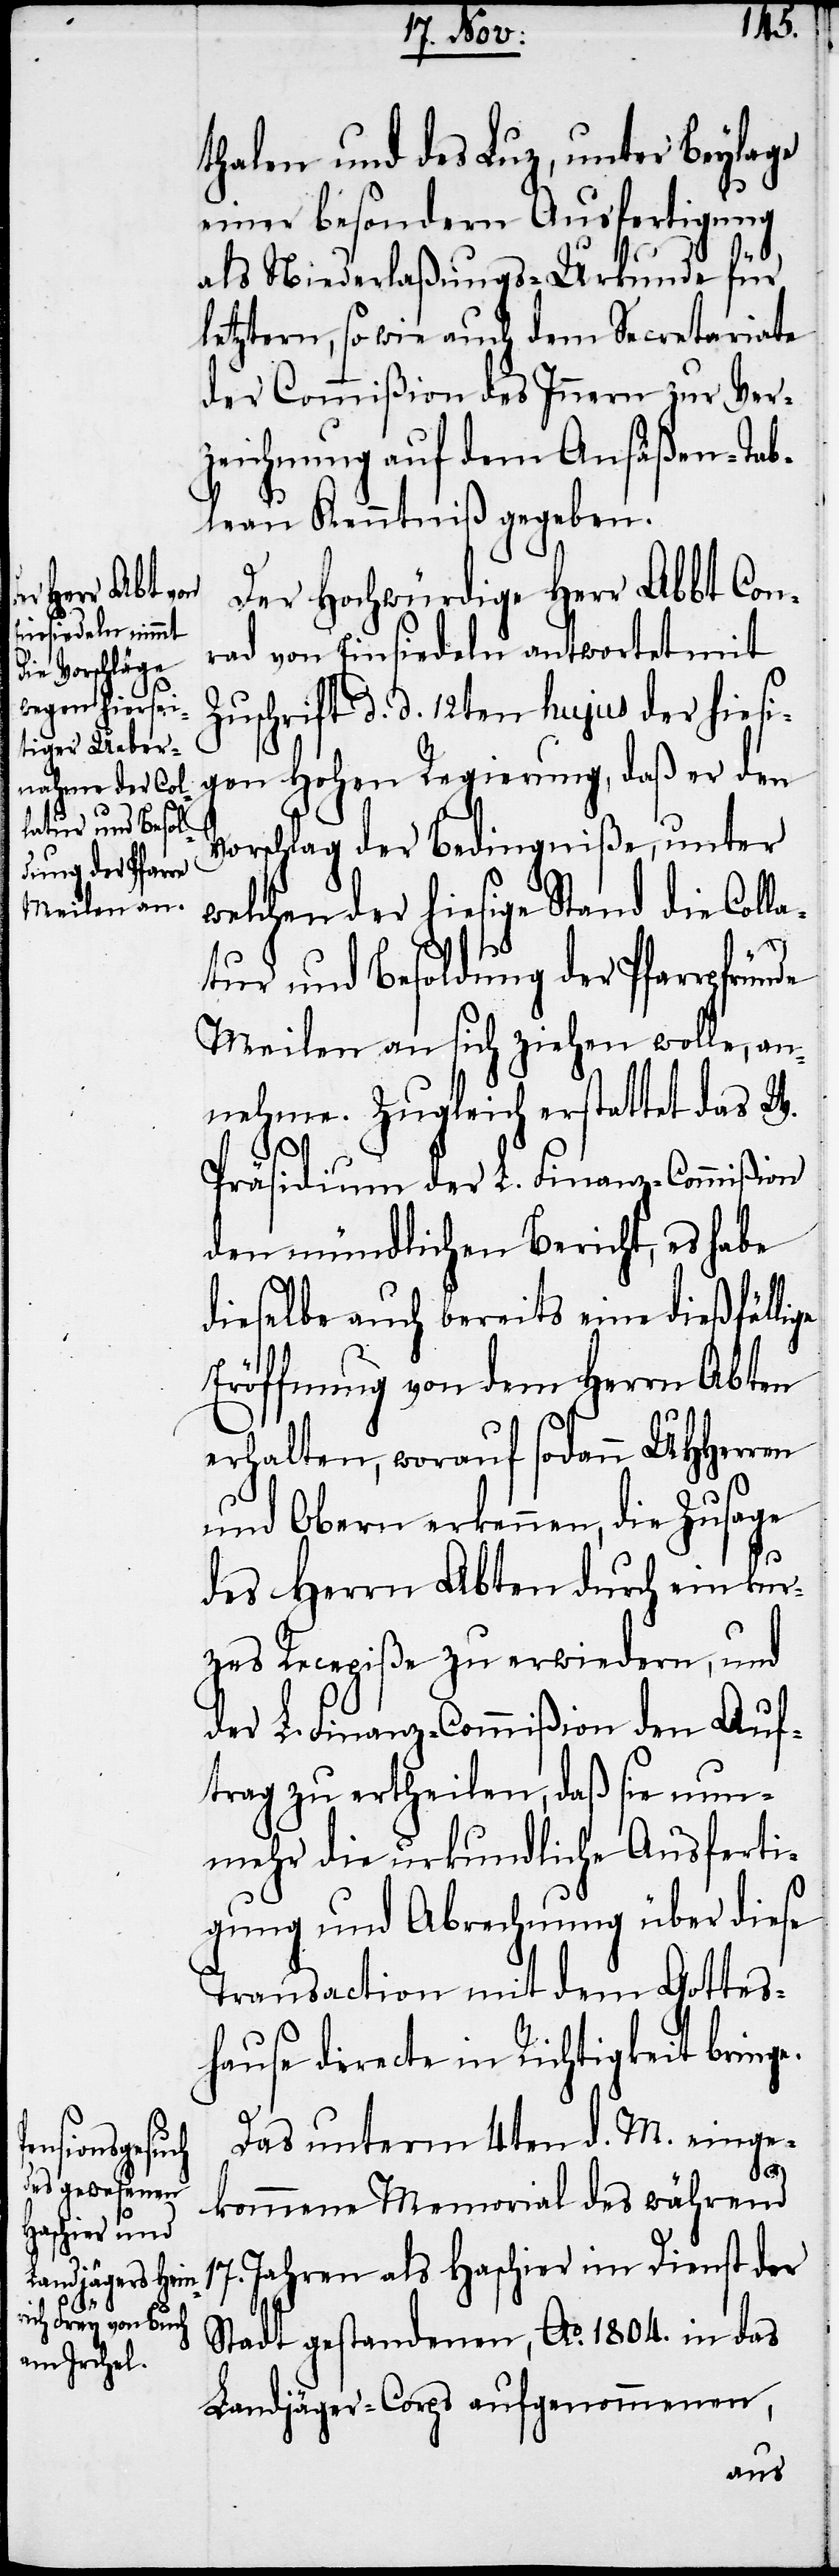
thalen und des Luz, unter Beylage
einer besondern Ausfertigung
als Niederlaßungs-Urkunde für
letztern, so wie auch dem Secretariate
der Commißion des Innern zur Ver¬
zeichnung auf dem Ansäßen-Tab¬
leau Kenntniß gegeben.
Der Hochwürdige Herr Abbt Con¬
rad von Einsiedeln antwortet mit
Zuschrift d. d. 12ten hujus der hiesi¬
gen Hohen Regierung, daß er den
Vorschlag der Bedingniße, unter
welchen der hiesige Stand die Colla¬
tur und Besoldung der Pfarrpfründe
Meilen an sich ziehen wolle, an¬
nehme. Zugleich erstattet das W.
17.
Präsidium der L. Finanz-Commißion
den mündlichen Bericht, es habe
dieselbe auch bereits eine dießfälli¬
Eröffnung von dem Herrn Abten
erhalten, worauf sodann UHHerren
und Obern erkennen, die Zusage
des Herrn Abten durch ein kur¬
zes Recepiße zu erwiedern, und
der L. Finanz-Commißion den Auf¬
trag zu ertheilen, daß sie nun¬
mehr die urkundliche Ausferti¬
gung und Abrechnung über diese
Transaction mit dem Gottes¬
hause directe in Richtigkeit bringe.
Das unterm 4ten d. M. einge¬
ge
kommene Memorial des während
Jahren als Haschier im Dienst der
Stadt gestandenen, Ao. 1804. in das
Landjäger-Corps aufgenommenen,